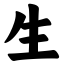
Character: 生